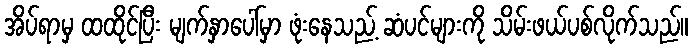
အိပ်ရာမှ ထထိုင်ပြီး မျက်နှာပေါ်မှာ ဖုံးနေသည့် ဆံပင်များကို သိမ်းဖယ်ပစ်လိုက်သည်။